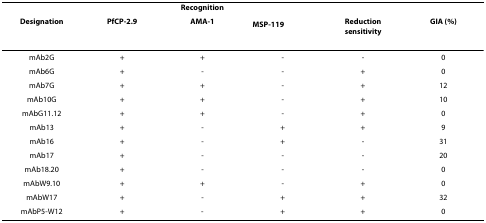
|  | <COLSPAN=3> Recognition |  |  |
 | Designation | PfCP-2.9 | AMA-1 | MSP-119 | Reduction sensitivity | GIA (%) |
 | --- | --- | --- | --- | --- | --- |
 | mAb2G | + | + | - | - | 0 |
 | mAb6G | + | - | - | + | 0 |
 | mAb7G | + | + | - | + | 12 |
 | mAb10G | + | + | - | + | 10 |
 | mAbG11.12 | + | + | - | + | 0 |
 | mAb13 | + | - | + | + | 9 |
 | mAb16 | + | - | + | - | 31 |
 | mAb17 | + | - | - | - | 20 |
 | mAb18.20 | + | - | - | - | 0 |
 | mAbW9.10 | + | + | - | + | 0 |
 | mAbW17 | + | - | + | + | 32 |
 | mAbP5-W12 | + | - | + | + | 0 |